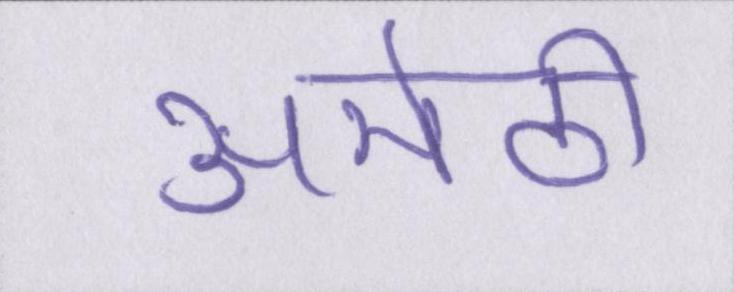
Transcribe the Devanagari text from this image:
अमेठी